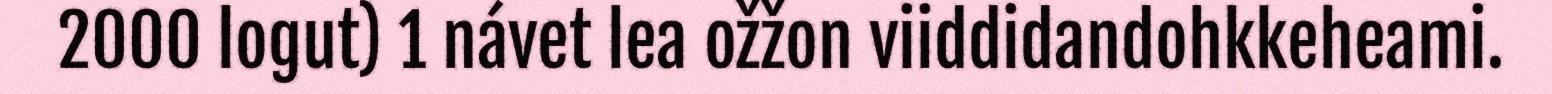
2000 logut) 1 návet lea ožžon viiddidandohkkeheami.